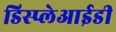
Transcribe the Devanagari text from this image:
डिस्प्लेआईडी